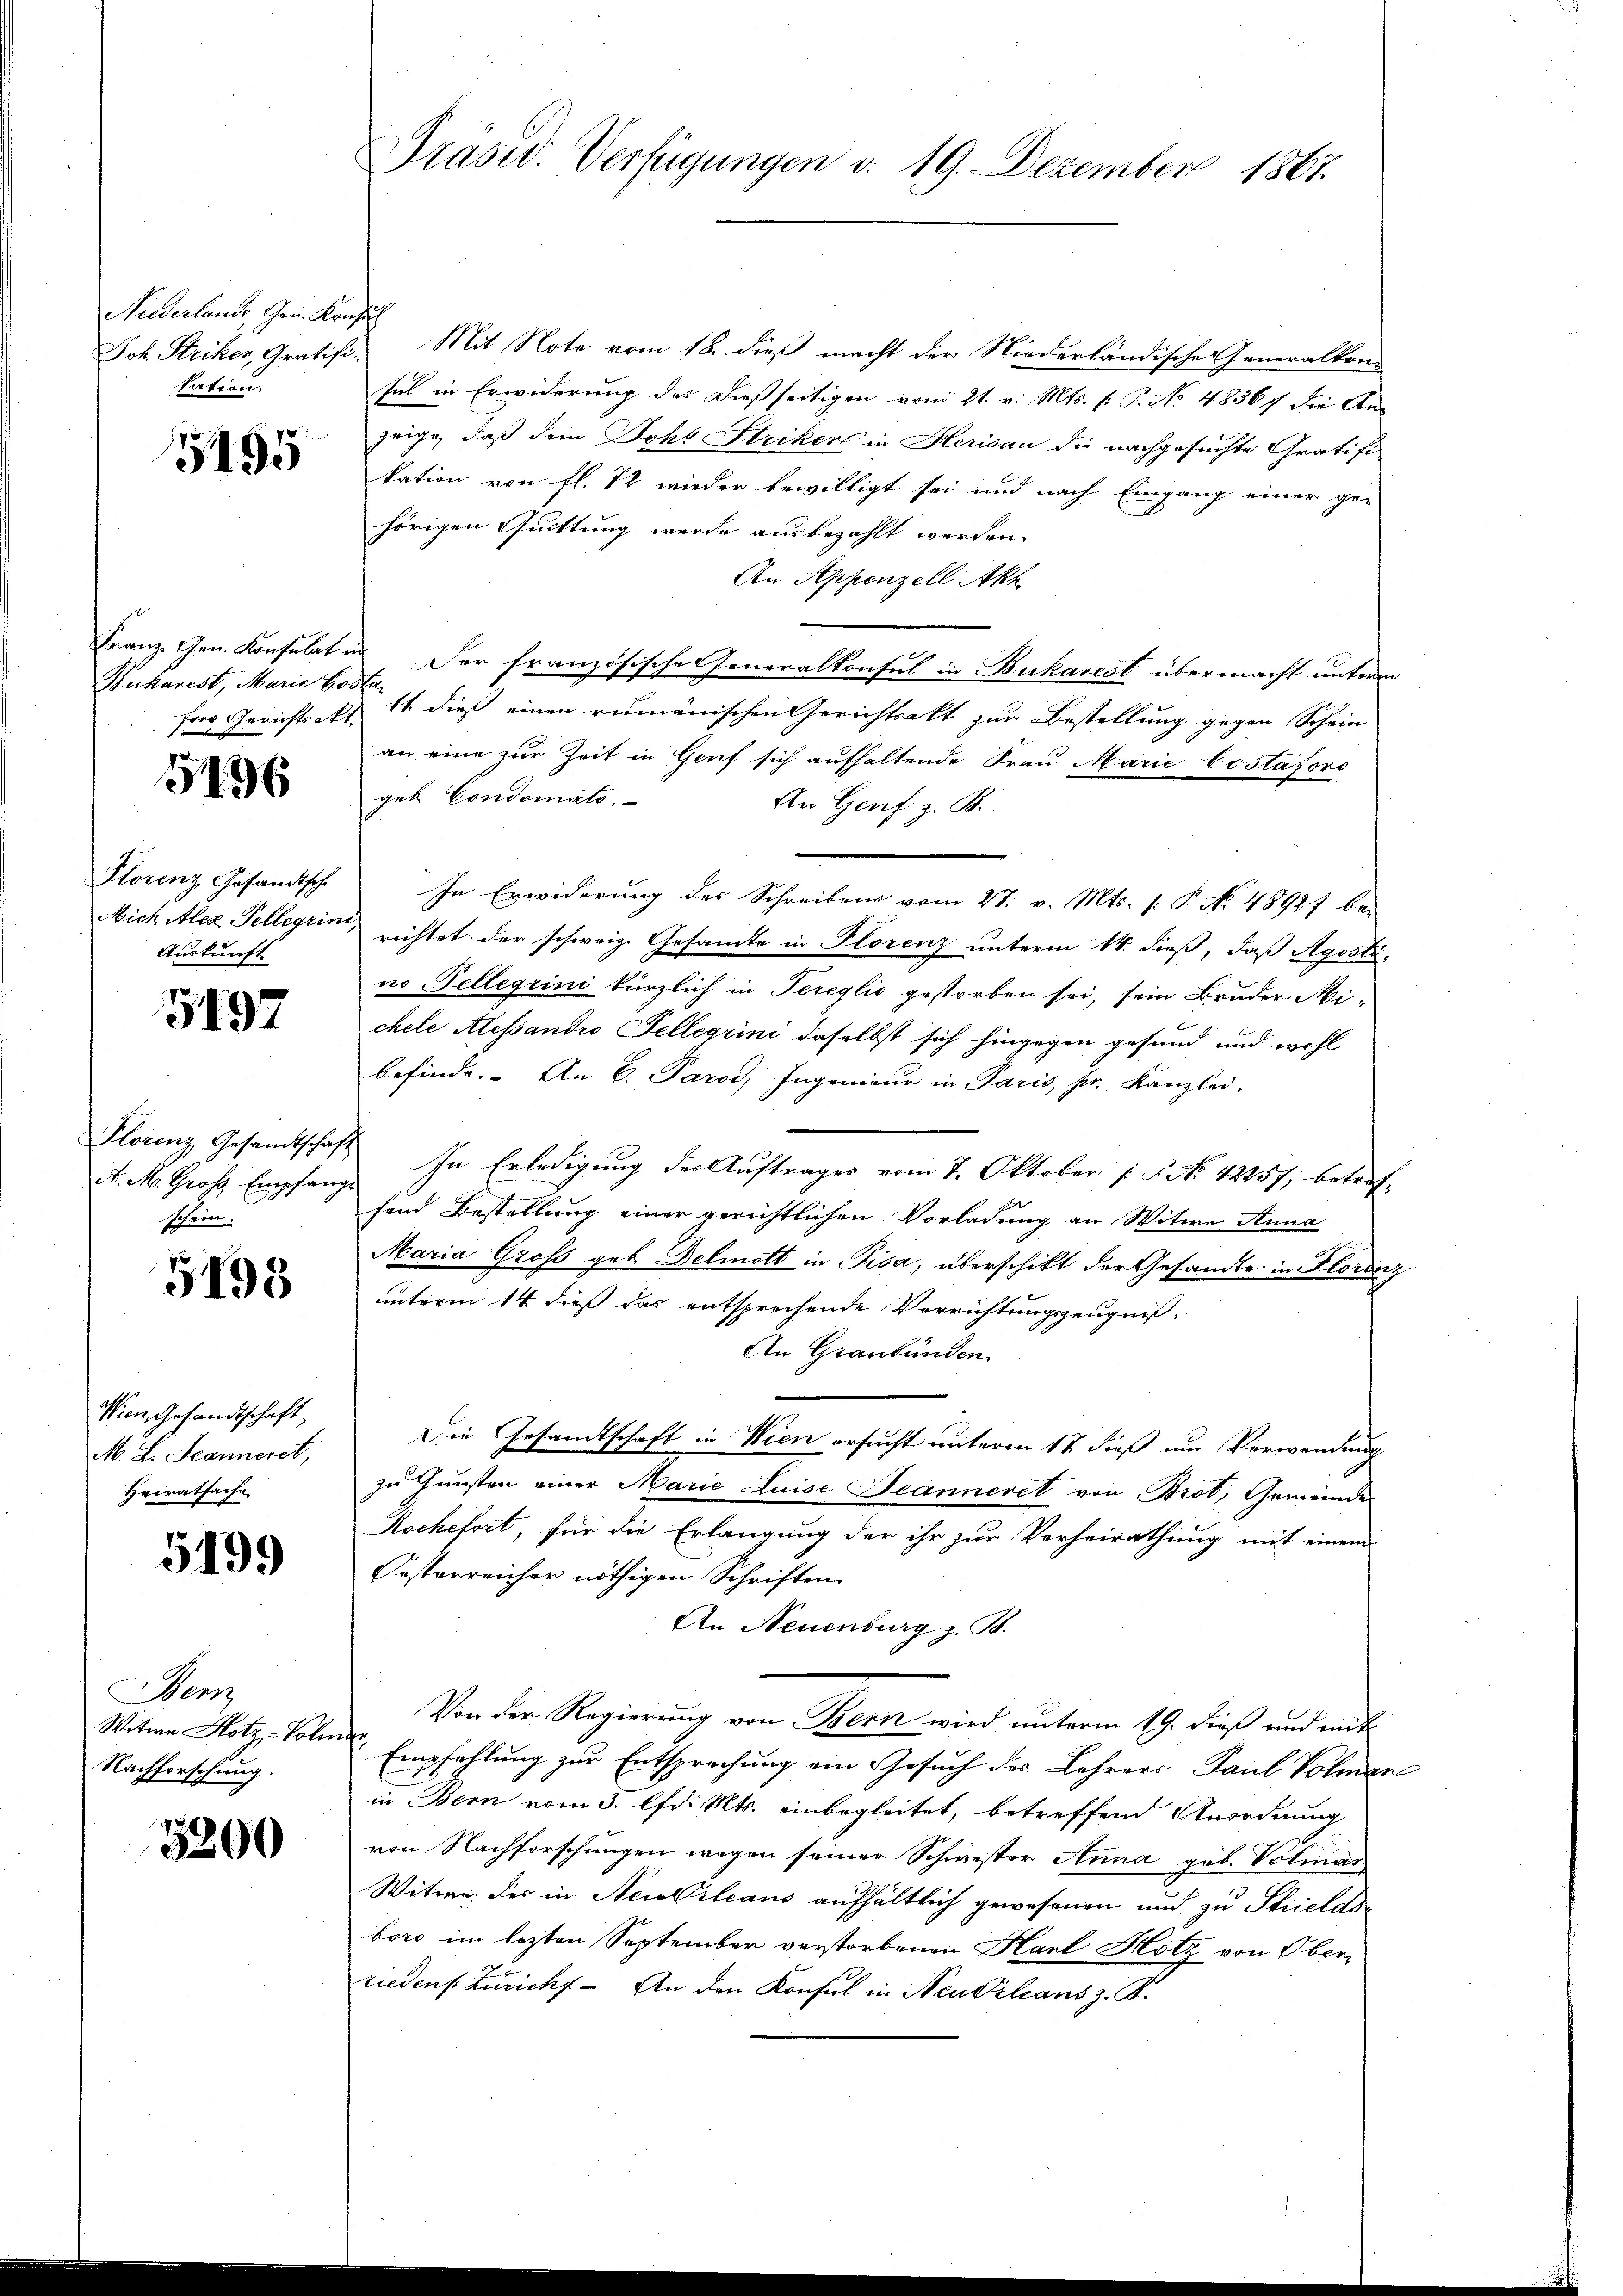
Niederlande Gen. Konsul
kation.

5195

Bukarest, Marie boden

196

Florenz Gesandtsche
Auskunft

5197

A. M. Groß Empfangs
schein.

3198

Wien, Gesandtschaft,
M. L. Jeanneret,
Heiratsache

5199

Bern
Witwe Hotz, - Poli
Nachforschung.

3200

Präsid. Verfügungen d. 19. Dezember 1867.

Joh. Striker, Gratifi- Mit Note vom 18. dieß macht der Niederländische Generalkon
sul in Erwiderung des dießseitigen vom 21. v. Mts. f. P. No 48567 die An-
zeige, daß dem Joh. Striker in Herisau die nachgesuchte Gratifi
kation von fl. 72 wieder bewilligt sei und nach Eingang einer ge-
hörigen Quittung werde ausbezahlt werden.
An Appenzell Akt.
Franz. Gen. Konsulat in der französisches Generalkonsul in Bukarest übermacht unterm
forg Gerichtsakt 14 dieß einen rumänischen Gerichtsakt zur Bestellung gegen Schein
an eine zur Zeit in Graf sich aufhaltende Frau Marie Costators
geb Condomato.
An Genf z. B.
In Erwiderung des Schreibens vom 27. v. Mts. 1. P. No. 48927 be-
Mich Alex Tellerin, richtet der schweiz. Gesamte in Florenz unterm 14. dieß, daß Agosti-
no Pellerini kürzlich in Tereglio gestorben sei, sein Bruder Mi-
chele Alessandro Tellerini daselbst sich hingegen gesund und wohl
befinde. An E. Parod Ingenieŭr in Paris, pr. Kanzlei.
Florenz Gesandtschaft Ihn Erledigung der Auftrages vom 7. Oktober f. P. No 12857, betreffand Bestellung einer gerichtlichen Vorladung an Witwe Anna
Maria Groß geb. Delmolt in Pisa, überschikt der Gesandte in Florenz
unterm 14. dieß das entsprechende Verrichtungszeugnis,
An Graubünden
Die Gesandtschaft in Wien ersucht unterm 17. dieß um Verwendung
zu Gunsten einer Marie Luise Beanneret von Brot, Gemeinde
Rochefort, für die Erlangung der ihr zur Verheirathung mit einem
Pestarreicher nöthigen Schriften
An Neuenburg z. B.
Von der Regierung von Bern wird unterm 19. dieß und mit
 Empfehlung zur Entsprechung ein Gesuch des Lehrers Paul Volmar
in Bern vom 5. lfd. Mts. einbegleitet, betreffend Anordnung
von Nachforschungen wegen seiner Schwester Anna geb. Volinar
Witwe des in Necolzleans aufhältlich gewesenen und zu Strieldsboro im lezten September verstorbenen Hant Hotz von Oberriedens Züricht. - An den Konsul in Neukleans z. S.